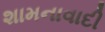
શામનાવાદી